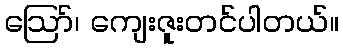
ဪ၊ ကျေးဇူးတင်ပါတယ်။